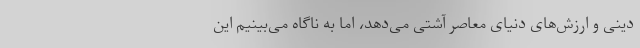
دینی و ارزش‌های دنیای معاصر آشتی می‌دهد، اما به ناگاه می‌بینیم این